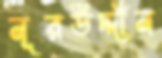
নূরউদ্দীন